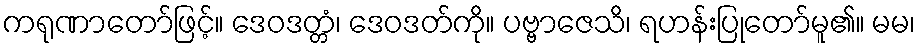
ကရုဏာတော်ဖြင့်။ ဒေဝဒတ္တံ၊ ဒေဝဒတ်ကို။ ပဗ္ဗာဇေသိ၊ ရဟန်းပြုတော်မူ၏။ မမ၊